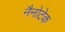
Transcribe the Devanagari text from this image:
नैनोटेक